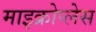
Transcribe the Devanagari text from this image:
माइक्रोप्लेस